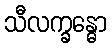
သီလက္ခန္ဓော